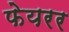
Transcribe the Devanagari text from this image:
फेयरर